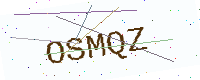
Text: OSMQZ